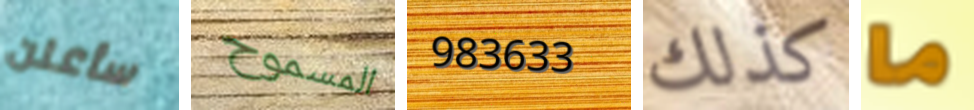
سأعلن المسموح 983633 كذلك ما